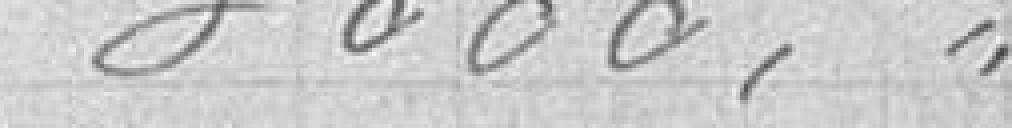
3000,"